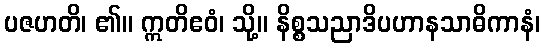
ပဇဟတိ၊ ၏။ ဣတိဧဝံ၊ သို့။ နိစ္စသညာဒိပဟာနသာဓိကာနံ၊